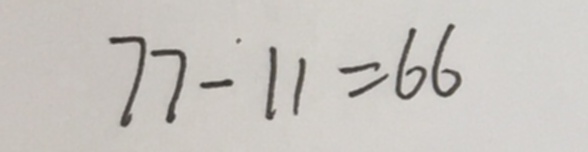
7 7 - 1 1 = 6 6